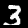
Label: 3